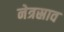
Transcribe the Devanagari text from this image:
नेत्रस्राव